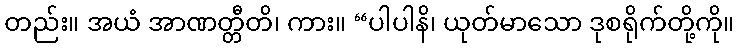
တည်း။ အယံ အာဏတ္တီတိ၊ ကား။ “ပါပါနိ၊ ယုတ်မာသော ဒုစရိုက်တို့ကို။